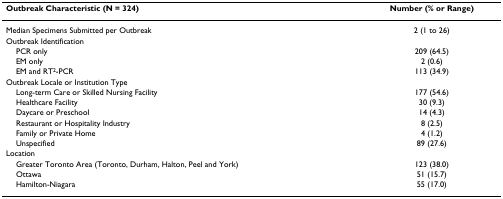
| Outbreak Characteristic (N = 324) | Number (% or Range) |
 | --- | --- |
 | Median Specimens Submitted per Outbreak | 2 (1 to 26) |
 | Outbreak Identification |  |
 | PCR only | 209 (64.5) |
 | EM only | 2 (0.6) |
 | EM and RT2-PCR | 113 (34.9) |
 | Outbreak Locale or Institution Type |  |
 | Long-term Care or Skilled Nursing Facility | 177 (54.6) |
 | Healthcare Facility | 30 (9.3) |
 | Daycare or Preschool | 14 (4.3) |
 | Restaurant or Hospitality Industry | 8 (2.5) |
 | Family or Private Home | 4 (1.2) |
 | Unspecified | 89 (27.6) |
 | Location |  |
 | Greater Toronto Area (Toronto, Durham, Halton, Peel and York) | 123 (38.0) |
 | Ottawa | 51 (15.7) |
 | Hamilton-Niagara | 55 (17.0) |